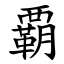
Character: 覇